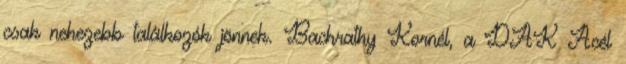
csak nehezebb találkozók jönnek. Bachrathy Kornél, a DAK Acél